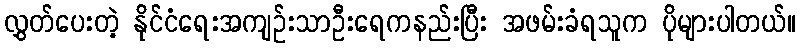
လွှတ်ပေးတဲ့ နိုင်ငံရေးအကျဉ်းသာဦးရေကနည်းပြီး အဖမ်းခံရသူက ပိုများပါတယ်။